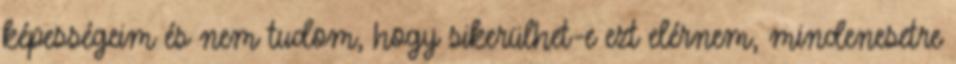
képességeim és nem tudom, hogy sikerülhet-e ezt elérnem, mindenesetre